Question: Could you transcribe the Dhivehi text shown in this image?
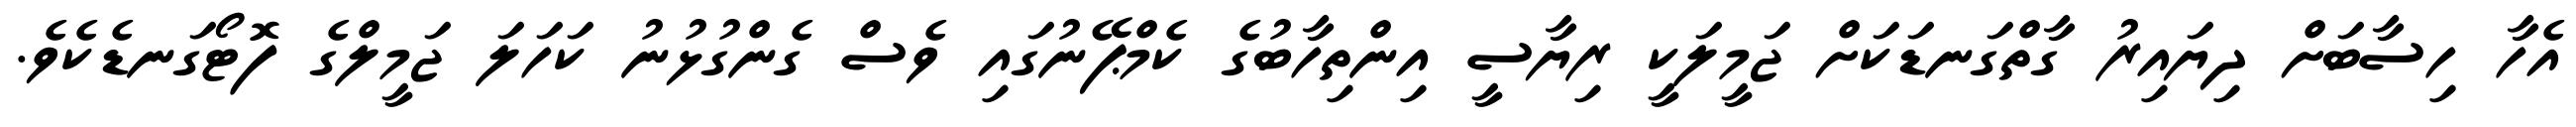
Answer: އެހާ ހިސާބަށް ދިޔައިރު ގާތްގަނޑަކަށް ޖަމީލަކީ ރިޔާސީ އިންތިހާބުގެ ކެމްޕޭނުގައި ވެސް ގެންގުޅުނު ކަހަލަ ޖަމީލްގެ ފޮޓޯގަނޑެކެވެ.